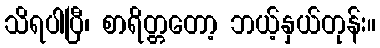
သိရပါပြီ၊ စာရိတ္တတော့ ဘယ့်နှယ်တုန်း။